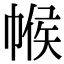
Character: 帿